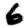
Digit: 6